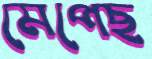
মেপেছ